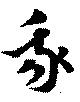
我